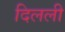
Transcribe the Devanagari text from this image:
दिलली